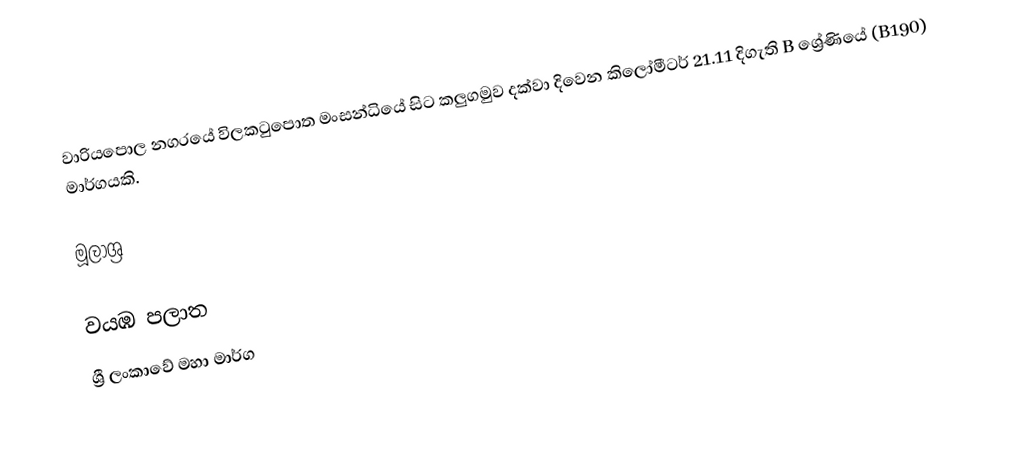
වාරියපොල නගරයේ විලකටුපොත මංසන්ධියේ සිට කලුගමුව දක්වා දිවෙන කිලෝමීටර් 21.11 දිගැති  B ශ්‍රේණියේ (B190) මාර්ගයකි.

මූලාශ්‍ර

වයඹ පලාත
ශ්‍රී ලංකාවේ මහා මාර්ග